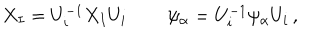
LaTeX: X _ { I } = U _ { i } ^ { - 1 } X _ { I } U _ { i } \, \qquad \psi _ { \alpha } = U _ { i } ^ { - 1 } \psi _ { \alpha } U _ { i } \, ,